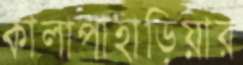
কালাপাহাড়িয়ার